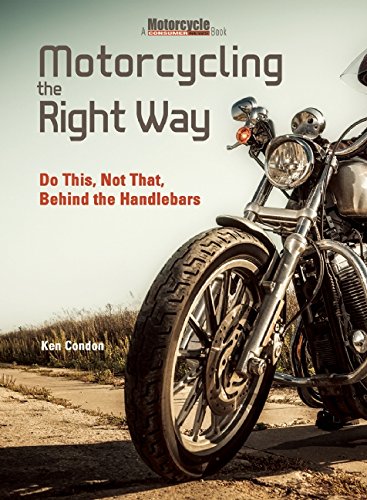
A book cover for Motorcycling the Right Way: Do This, Not That: Lessons From Behind the Handlebars; Ken Condon; Engineering & Transportation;